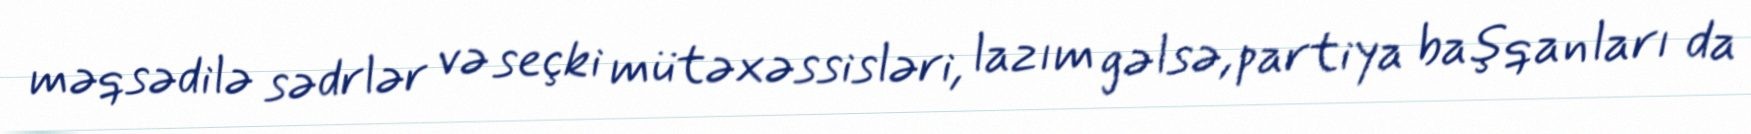
məqsədilə sədrlər və seçki mütəxəssisləri, lazım gəlsə, partiya başqanları da